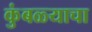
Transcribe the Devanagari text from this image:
कुंबळ्याचा